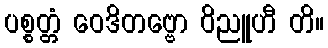
ပစ္စတ္တံ ဝေဒိတဗ္ဗော ဝိညူဟီ တိ။